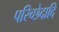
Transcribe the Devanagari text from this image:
परिच्छेदादि